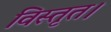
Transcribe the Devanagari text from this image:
विस्तृत।